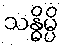
သန္ဓိမ္ပိ